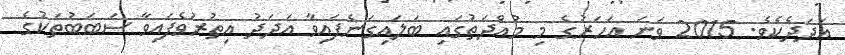
އަދަދެކެވެ. 2015 ވަނަ އަހަރުގެ މި މުއްދަތުގައި ބަލައިގަނެފައިވާ އަދަދު އިތުރުވެފައިވާ ސަބަބުތަކުގެ